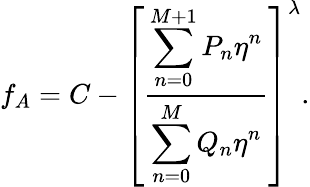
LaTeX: f_{A}=C-\left[\frac{\displaystyle\sum_{n=0}^{M+1}P_{n}\eta^{n}}{\displaystyle\sum_{n=0}^{M}Q_{n}\eta^{n}}\right]^{\lambda}.